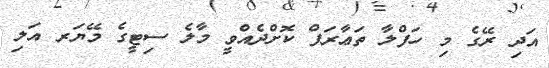
އަދި ރޭގެ މި ހަފްލާ ތަޢާރަފް ކޮށްދެއްވީ މާލެ ސިޓީގެ މޭޔަރ އަލި